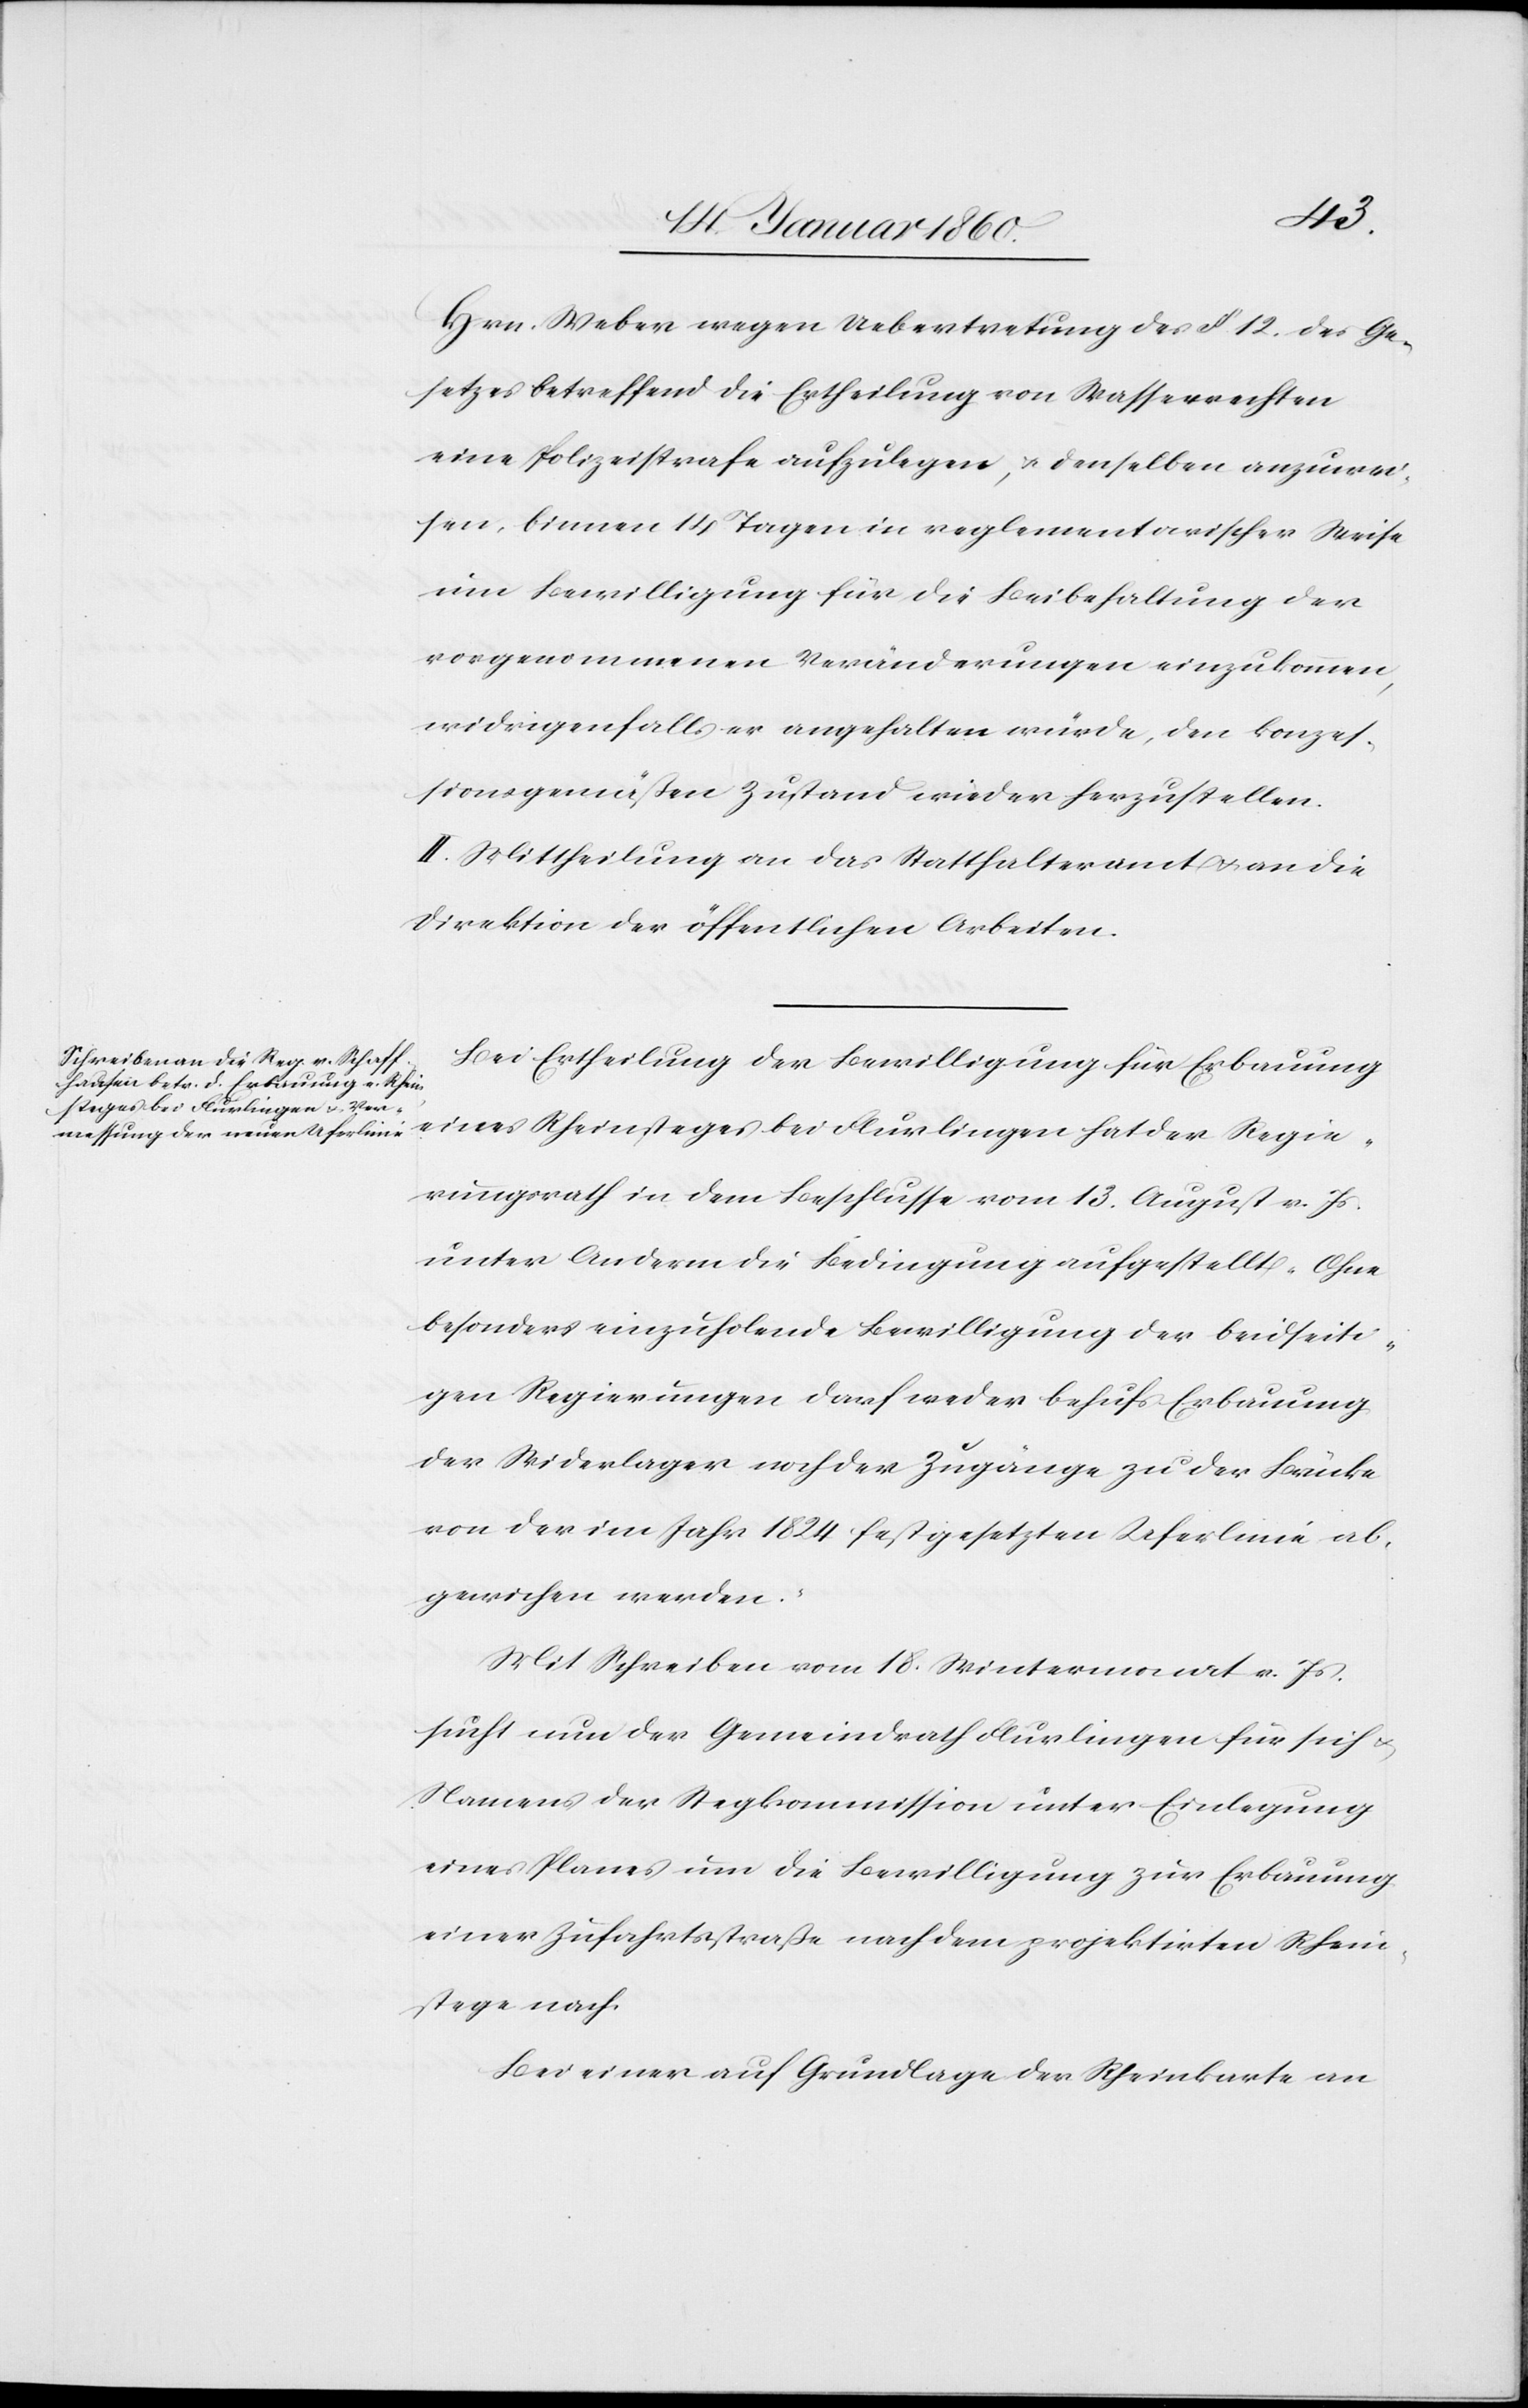
Hrn. Weber wegen Uebertretung des §. 12. des Ge¬
setzes betreffend die Ertheilung von Wasserrechten
eine Polizeistrafe aufzulegen, u. denselben anzuwei¬
sen, binnen 14 Tagen in reglementarischer Weise
eine Bewilligung für die Beibehaltung der
vorgenommenen Veränderungen einzukommen,
widrigenfalls er angehalten würde, den konzes¬
sionsgemässen Zustand wieder herzustellen.
II. Mittheilung an das Statthalteramt u. an die
Direktion der öffentlichen Arbeiten.
Bei Ertheilung der Bewilligung für Erbauung
eines Rheinsteges bei Flurlingen hat der Regie¬
rungsrath in dem Beschlusse vom 13. August v. Js.
unter Anderm die Bedingung aufgestellt, ohne
besonders einzuholende Bewilligung der beidseiti¬
gen Regierungen darf weder behufs Erbauung
der Widerlager noch der Zugänger zu der Brücke
von der im Jahr 1824 festgesetzten Uferlinie ab¬
gewichen werden.
Mit Schreiben vom 18. Wintermonat v. Js.
sucht nun der Gemeindrath Flurlingen für sich
Namens der Stegkommission unter Einlegung
eines Planes um die Bewilligung zur Erbauung
einer Zufahrtsstrasse nach dem projektirten Rhein¬
stege nach.
Bei einer Grundlage der Rheinkarte an